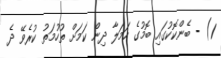
1) - ބެންކޮކުގައި ބޮމުގެ ހަމަލާ ދިން ކަމަށް ތުހުމަތު ކުރެވޭ ދެ